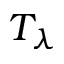
T _ { \lambda }